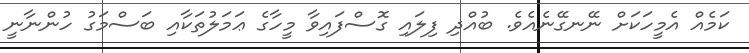
ކަމެއް އެމީހަކަށް ނޭނގޭނެއެވެ. ބުއްދި ފިލައި ގޮސްފައިވާ މީހާގެ ޢަމަލުތަކާއި ބަސްމަގު ހުންނާނީ